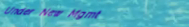
Under New Mgmt